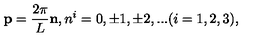
{ \bf p } = \frac { 2 \pi } { L } { \bf n } , n ^ { i } = 0 , \pm 1 , \pm 2 , . . . ( i = 1 , 2 , 3 ) ,